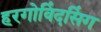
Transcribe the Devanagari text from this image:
हरगोविंदसिंग